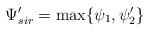
LaTeX: \begin{align*}\Psi'_{sir}=\max\{\psi_{1},\psi_{2}'\}\end{align*}